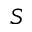
S